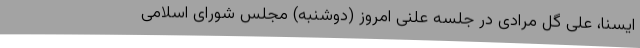
ایسنا، علی گل مرادی در جلسه علنی امروز (دوشنبه) مجلس شورای اسلامی